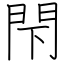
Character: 閇